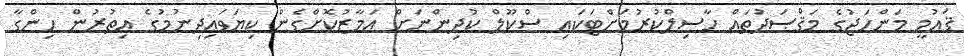
ޤައުމީ މަންހަޖުގެ މަޤްޞަދުތައް ހާސިލްކުރުމަށްޓަކައި ސްކޫލް ކުދިންނަށް އަމާޒުކޮށްގެން ކިޔަވައިދިނުމުގެ އިތުރުން ހިންގާ